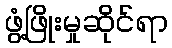
ဖွံ့ဖြိုးမှုဆိုင်ရာ